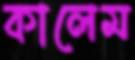
কালেম